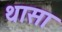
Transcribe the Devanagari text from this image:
थासा